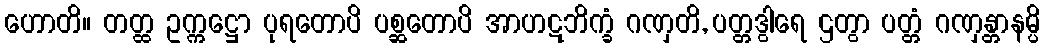
ဟောတိ။ တတ္ထ ဥက္ကဋ္ဌော ပုရတောပိ ပစ္ဆတောပိ အာဟဋဘိက္ခံ ဂဏှတိ, ပတ္တဒွါရေ ဌတွာ ပတ္တံ ဂဏှန္တာနမ္ပိ